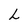
Character: L